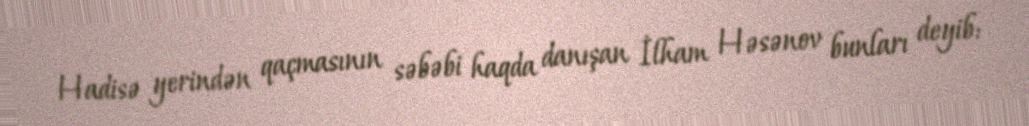
Hadisə yerindən qaçmasının səbəbi haqda danışan İlham Həsənov bunları deyib: